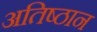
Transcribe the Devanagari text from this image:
अतिष्ठान